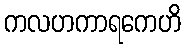
ကလဟကာရကေဟိ